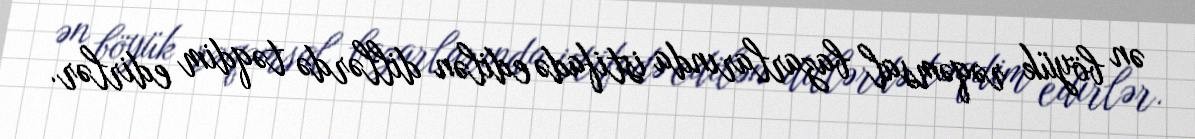
ən böyük rəqəmsal bazarlarında istifadə edilən dillərdə təqdim edirlər.